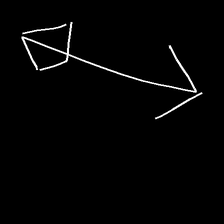
Glyph: focus